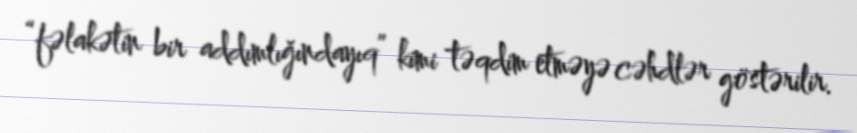
“fəlakətin bir addımlığındayıq” kimi təqdim etməyə cəhdlər göstərilir.